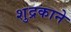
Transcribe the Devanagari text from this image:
शुद्रकाने